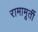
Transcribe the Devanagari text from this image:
रामामूर्ती